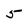
Character: 5